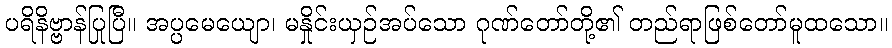
ပရိနိဗ္ဗာန်ပြုပြီ။ အပ္ပမေယျော၊ မနှိုင်းယှဉ်အပ်သော ဂုဏ်တော်တို့၏ တည်ရာဖြစ်တော်မူထသော။